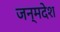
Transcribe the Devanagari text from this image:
जन्मदेश